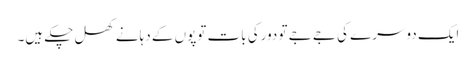
ایک دوسرے کی جے جے تو دورکی بات توپوں کے دہانے کھل چکے ہیں۔